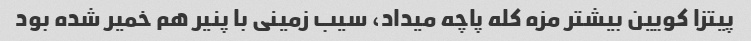
پیتزا کویین بیشتر مزه کله پاچه میداد، سیب زمینی با پنیر هم خمیر شده بود